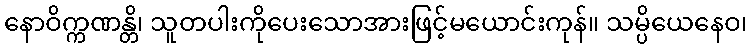
နောဝိက္ကဏန္တိ၊ သူတပါးကိုပေးသောအားဖြင့်မယောင်းကုန်။ သမ္ပိယေနေဝ၊